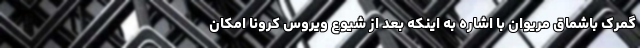
گمرک باشماق مریوان با اشاره به اینکه بعد از شیوع ویروس کرونا امکان